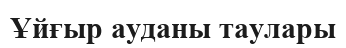
Ұйғыр ауданы таулары